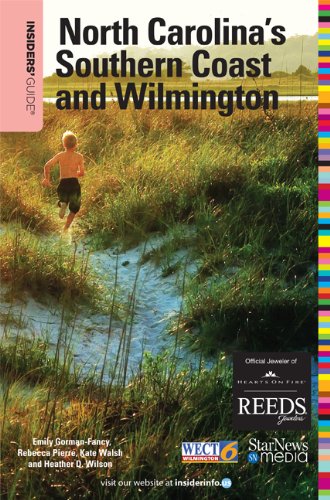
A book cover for Insiders' Guide to North Carolina's Southern Coast and Wilmington, 16th (Insiders' Guide to North Carolina's Southern Coast & Wilmington); Zach Hanner; Travel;